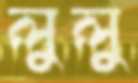
লুলু